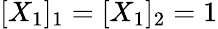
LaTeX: [X_{1}]_{1}=[X_{1}]_{2}=1